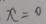
x = 0